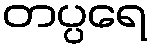
တပ္ပရေ